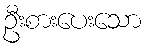
ဦးစားပေးသော